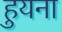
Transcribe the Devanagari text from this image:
हुयना